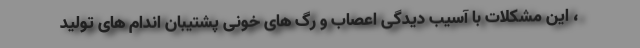
، این مشکلات با آسیب دیدگی اعصاب و رگ های خونی پشتیبان اندام های تولید